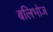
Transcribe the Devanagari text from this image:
बलिभोज